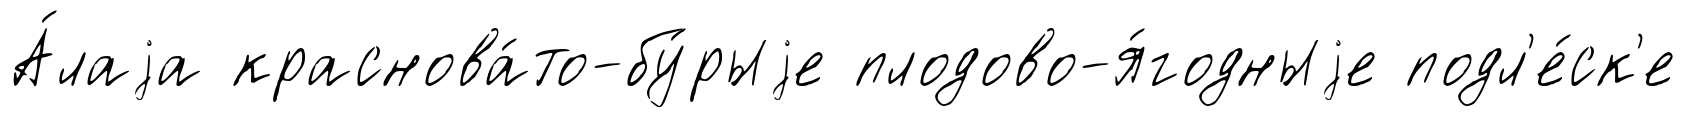
А́лаjа краснова́то-бу́рыjе плодово-я́годныjе подл'е́ск'е